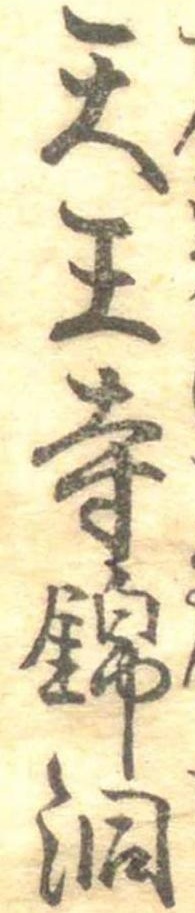
天王寺錦洞